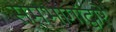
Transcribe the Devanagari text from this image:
समभागांद्वारे